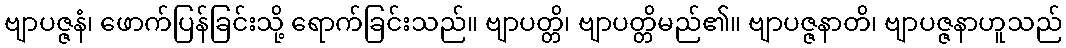
ဗျာပဇ္ဇနံ၊ ဖောက်ပြန်ခြင်းသို့ ရောက်ခြင်းသည်။ ဗျာပတ္တိ၊ ဗျာပတ္တိမည်၏။ ဗျာပဇ္ဇနာတိ၊ ဗျာပဇ္ဇနာဟူသည်